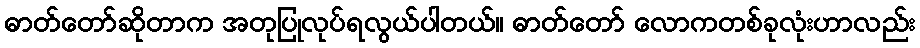
ဓာတ်တော်ဆိုတာက အတုပြုလုပ်ရလွယ်ပါတယ်။ ဓာတ်တော် လောကတစ်ခုလုံးဟာလည်း